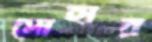
দোহার